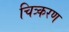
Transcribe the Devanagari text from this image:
चित्र्करण